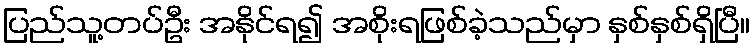
ပြည်သူ့တပ်ဦး အနိုင်ရ၍ အစိုးရဖြစ်ခဲ့သည်မှာ နှစ်နှစ်ရှိပြီ။